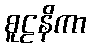
စူဠနိကာ